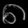
Digit: ၈